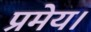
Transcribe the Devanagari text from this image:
प्रमेय।